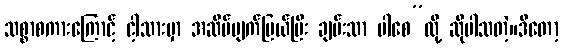
သစ္စာစကားကြောင့် ငါ့သားမှာ အဆိပ်ပျက်ပြယ်ပြီး ချမ်းသာ ပါစေ”လို့ ဆိုပါသတဲ့။ဒီတော့